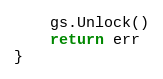
Language: Go
	gs.Unlock()
	return err
}